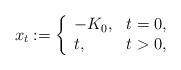
LaTeX: \begin{align*}x_t:=\left\{\begin{array}{ll}-K_0, & t=0,\\t, & t>0,\end{array}\right.\end{align*}